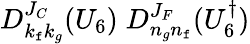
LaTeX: D_{k_{\mathtt{f}}k_{g}}^{J_{C}}(U_{6})\; D_{n_{g}n_{\mathtt{f}}}^{J_{F}}(U_{6}^{\dagger})